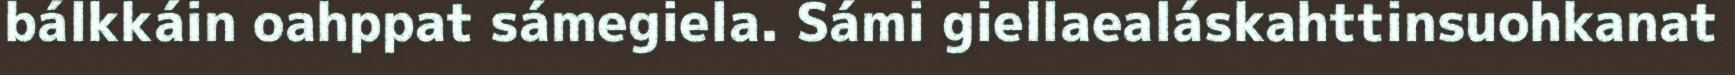
bálkkáin oahppat sámegiela. Sámi giellaealáskahttinsuohkanat